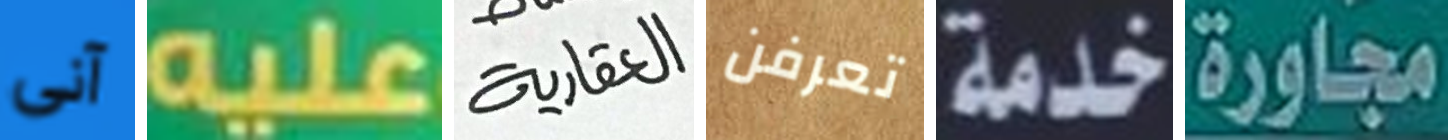
آنى عليه العقارية تعرفن خدمة مجاورة